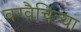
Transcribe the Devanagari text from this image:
वग्वैचित्र्या